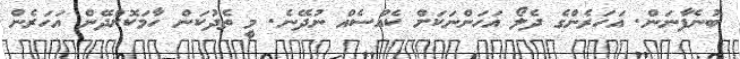
ބުނެފާނަން. އަހަރެންގެ ދެލޯ އަހަންނަކަށް ކެއްސެއް ނުދޭނެ. މީ ތެދުކަން ހާމަކޮށްދޭން އަހަރެން